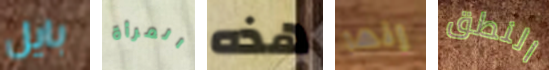
بايل المرأة هذه إنها النطق